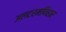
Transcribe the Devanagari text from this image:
अलटरमणिहार